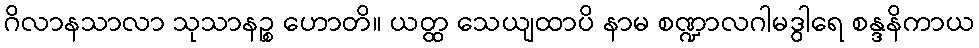
ဂိလာနသာလာ သုသာနဉ္စ ဟောတိ။ ယတ္ထ သေယျထာပိ နာမ စဏ္ဍာလဂါမဒွါရေ စန္ဒနိကာယ